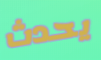
يحدث